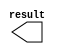
module n_pix_frame (
	result);

	output	[19:0]  result;

endmodule